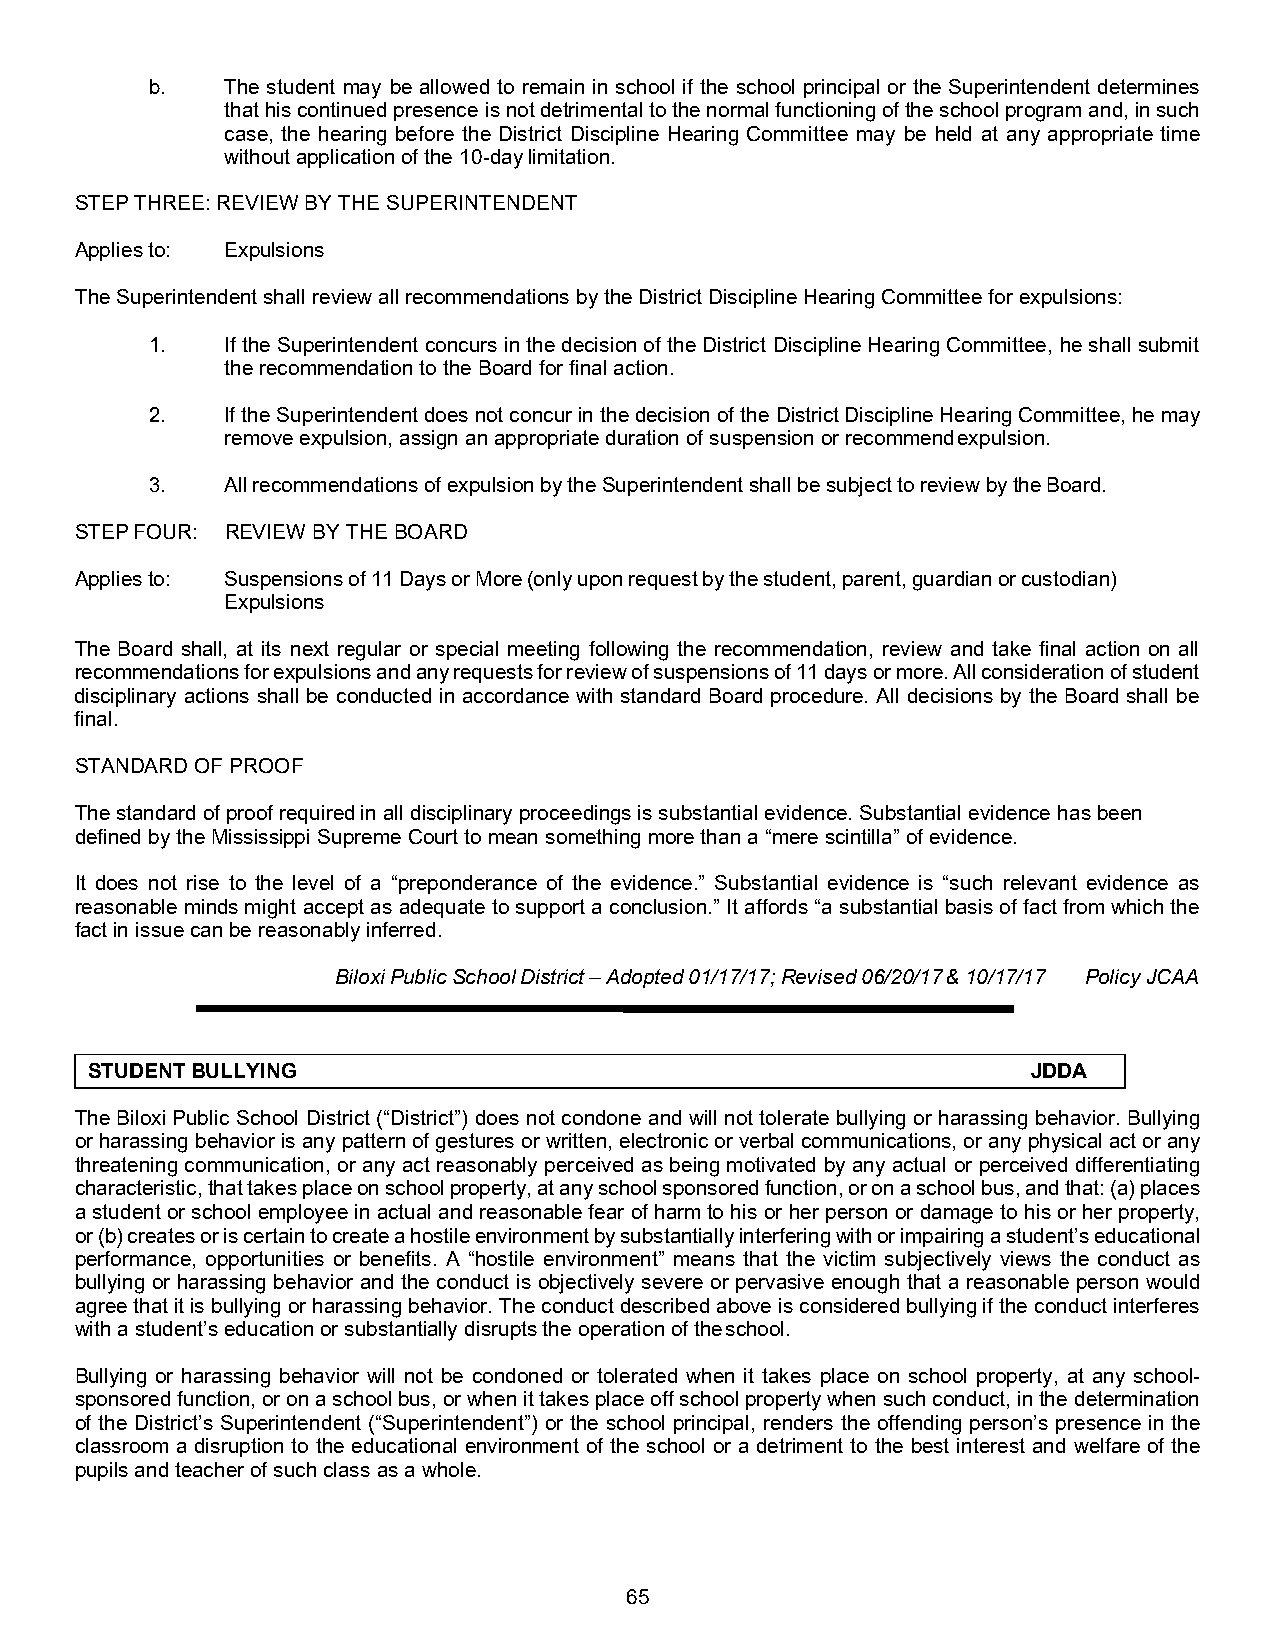
b.   The student may be allowed to remain in school if the school principal or the Superintendent determines
 that his continued presence is not detrimental to the normal functioning of the school program and, in such
 case, the hearing before the District Discipline Hearing Committee may be held at any appropriate time
 without application of the 10-day limitation.
 STEP THREE: REVIEW BY THE SUPERINTENDENT
 Applies to: Expulsions
 The Superintendent shall review all recommendations by the District Discipline Hearing Committee for expulsions:
 1.   If the Superintendent concurs in the decision of the District Discipline Hearing Committee, he shall submit
 the recommendation to the Board for final action.
 2.   If the Superintendent does not concur in the decision of the District Discipline Hearing Committee, he may
 remove expulsion, assign an appropriate duration of suspension or recommend expulsion.
 3.   All recommendations of expulsion by the Superintendent shall be subject to review by the Board.
 STEP FOUR: REVIEW BY THE BOARD
 Applies to: Suspensions of 11 Days or More (only upon request by the student, parent, guardian or custodian)
 Expulsions
 The Board shall, at its next regular or special meeting following the recommendation, review and take final action on all
 recommendations for expulsions and any requests for review of suspensions of 11 days or more. All consideration of student
 disciplinary actions shall be conducted in accordance with standard Board procedure. All decisions by the Board shall be
 final.
 STANDARD OF PROOF
 The standard of proof required in all disciplinary proceedings is substantial evidence. Substantial evidence has been
 defined by the Mississippi Supreme Court to mean something more than a “mere scintilla” of evidence.
 It does not rise to the level of a “preponderance of the evidence.” Substantial evidence is “such relevant evidence as
 reasonable minds might accept as adequate to support a conclusion.” It affords “a substantial basis of fact from which the
 fact in issue can be reasonably inferred.
 Biloxi Public School District – Adopted 01/17/17; Revised 06/20/17 & 10/17/17 Policy JCAA
 STUDENT BULLYING                                              JDDA
 The Biloxi Public School District (“District”) does not condone and will not tolerate bullying or harassing behavior. Bullying
 or harassing behavior is any pattern of gestures or written, electronic or verbal communications, or any physical act or any
 threatening communication, or any act reasonably perceived as being motivated by any actual or perceived differentiating
 characteristic, that takes place on school property, at any school sponsored function, or on a school bus, and that: (a) places
 a student or school employee in actual and reasonable fear of harm to his or her person or damage to his or her property,
 or (b) creates or is certain to create a hostile environment by substantially interfering with or impairing a student’s educational
 performance, opportunities or benefits. A “hostile environment” means that the victim subjectively views the conduct as
 bullying or harassing behavior and the conduct is objectively severe or pervasive enough that a reasonable person would
 agree that it is bullying or harassing behavior. The conduct described above is considered bullying if the conduct interferes
 with a student’s education or substantially disrupts the operation of the school.
 Bullying or harassing behavior will not be condoned or tolerated when it takes place on school property, at any school-
 sponsored function, or on a school bus, or when it takes place off school property when such conduct, in the determination
 of the District’s Superintendent (“Superintendent”) or the school principal, renders the offending person’s presence in the
 classroom a disruption to the educational environment of the school or a detriment to the best interest and welfare of the
 pupils and teacher of such class as a whole.
 65